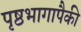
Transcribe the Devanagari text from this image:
पृष्ठभागापैकी